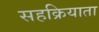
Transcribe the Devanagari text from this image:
सहक्रियाता